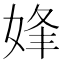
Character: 㛔